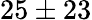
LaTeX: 25\pm 23